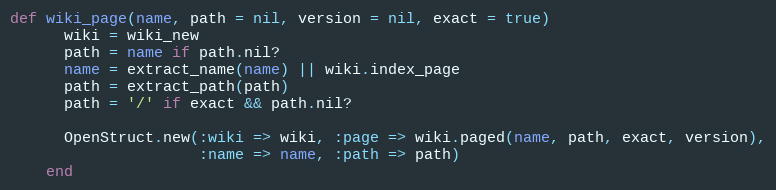
Language: Ruby
def wiki_page(name, path = nil, version = nil, exact = true)
      wiki = wiki_new
      path = name if path.nil?
      name = extract_name(name) || wiki.index_page
      path = extract_path(path)
      path = '/' if exact && path.nil?

      OpenStruct.new(:wiki => wiki, :page => wiki.paged(name, path, exact, version),
                     :name => name, :path => path)
    end